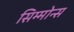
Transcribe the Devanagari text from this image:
सिम्मोन्स